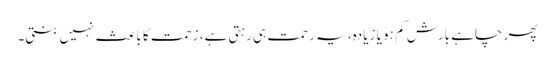
پھر چاہے بارش کم ہو یا زیادہ، یہ رحمت ہی رہتی ہے، زحمت کا باعث نہیں بنتی۔